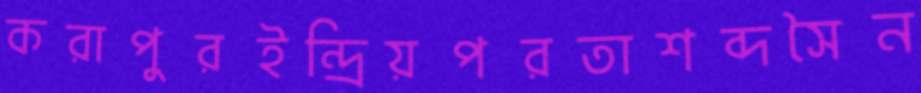
করাপুরইন্দ্রিয়পরতাশব্দসৈন